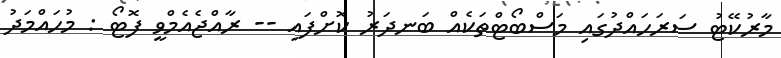
މާރުކޭޓު ސަރަހައްދުގައި މަސްބޯޓްތަކެއް ބަނދަރު ކޮށްފައި -- ރާއްޖެއެމްވީ ފޮޓޯ : މުހައްމަދު